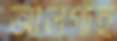
আলগাই